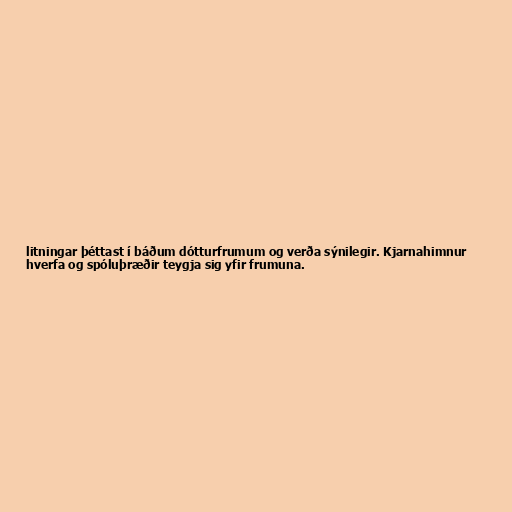
litningar þéttast í báðum dótturfrumum og verða sýnilegir. Kjarnahimnur
hverfa og spóluþræðir teygja sig yfir frumuna.